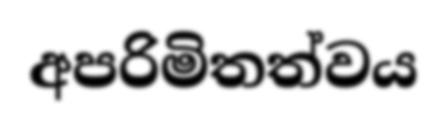
අපරිමිතත්වය